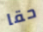
حقا